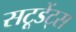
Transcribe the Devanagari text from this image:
सटूडेंट्स